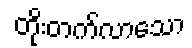
တိုးတက်လာသော